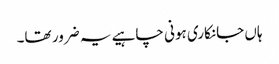
ہاں جانکاری ہونی چاہیے یہ ضرور تھا۔